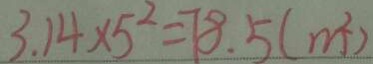
3 . 1 4 \times 5 ^ { 2 } = 7 8 . 5 ( m ^ { 2 } )